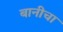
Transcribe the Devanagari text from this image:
बानीचा